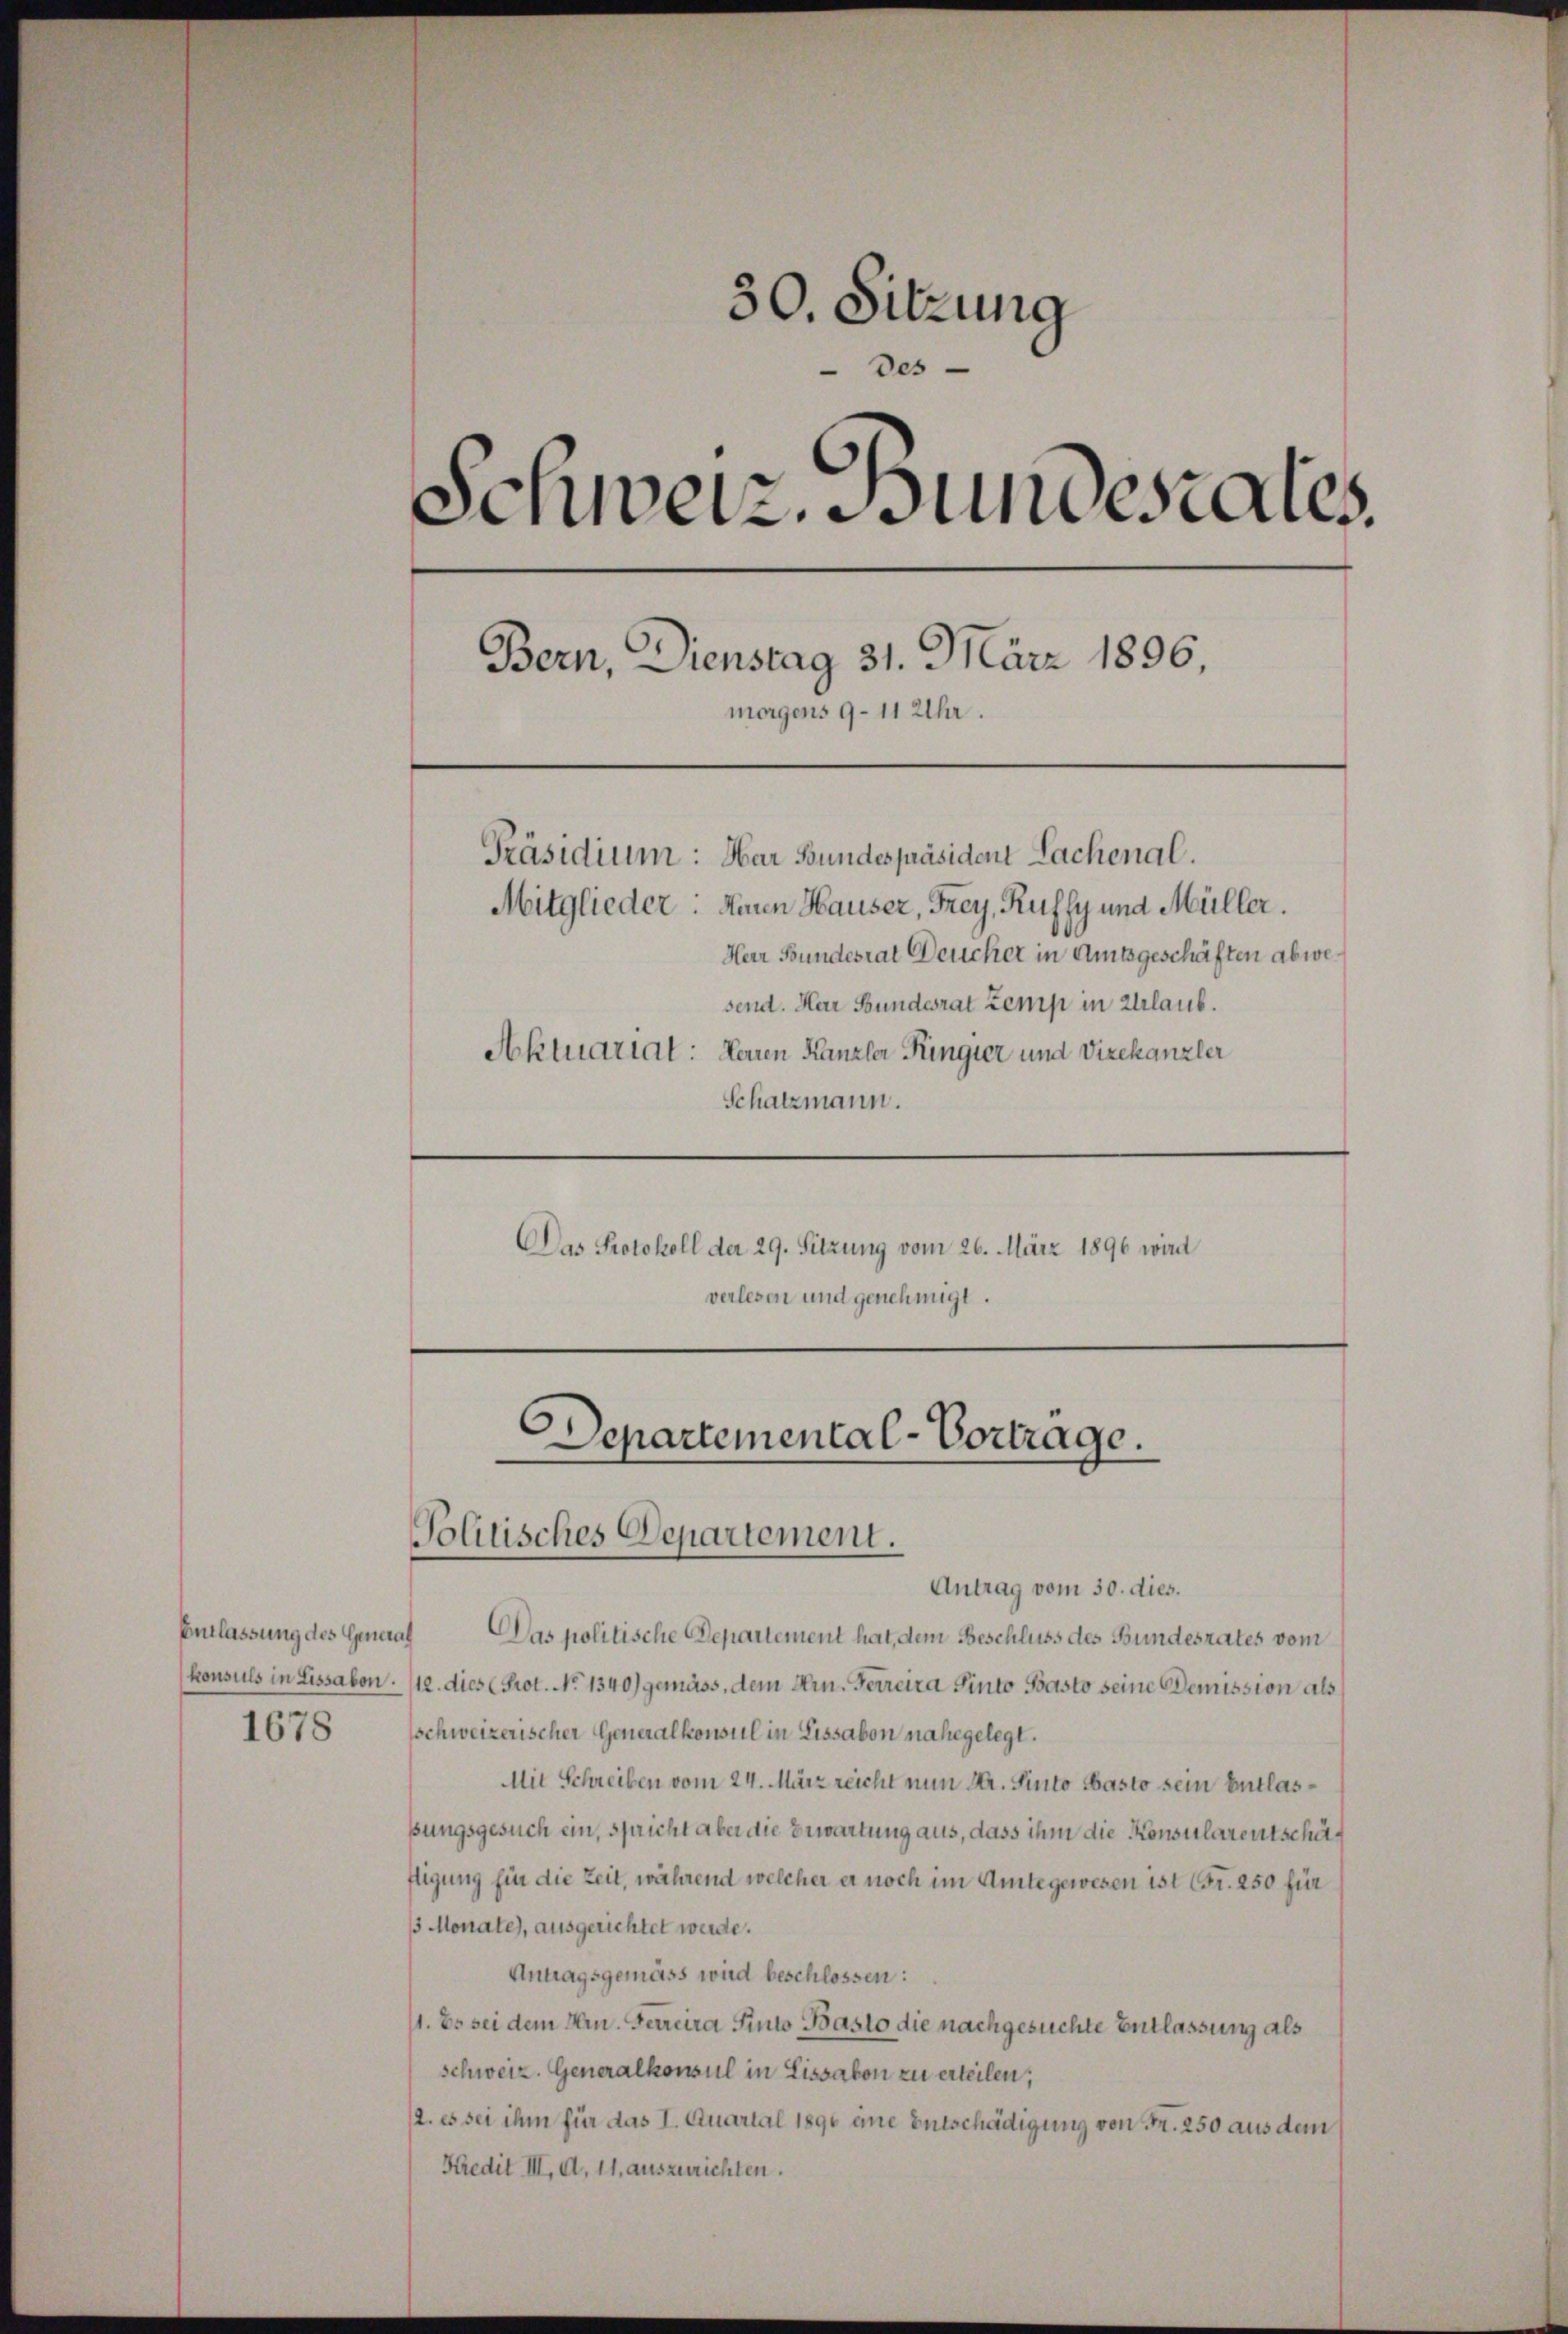
Entlassung des General
1678

30. Sitzung
des
Schweiz. Bundestales.
Bern, Dienstag 31. März 1896,
morgens 9-11 Uhr.
Präsidium: Har Bundespräsident Lachenal.
Mitglieder: Heren Hauser, Frey, Kuffy und Müller.
Herr Bundesrat Deucher in Amtsgeschäften abwesend. Har Bundesrat Zemp in Urlaub.
Aktuariat: Herren Kanzler Ringier und Vizekanzler
Schatzmann.

Das Protokoll der 29. Sitzung vom 26. März 1896 wird
verlesen und genehmigt.

Departemental-Vortrage.
Politisches Departement.

Antrag vom 30. dies.
Das politische Departement hat, dem Beschluss des Bundesrates vom
konsuls in Lissabon. /12. dies (Prot. No 1340) gemäss, dem Hrn. Ferreira Pinto Pasto seine Demission als
sschweizerischer Generalkonsul in Lissabon nahegelegt.
Mit Schreiben vom 24. März reicht nun Hr. Sinto Pasto sein Entlassungsgesuch ein, spricht aber die Bewartung aus, dass ihm die Konsularentschäftigung für die Zeit, während welcher er noch im Amte gewesen ist Fr. 250 für
3 Monate), ausgerichtet werde.
Antragsgemäss wird beschlossen:
11. Es sei dem Hrn. Ferreira Pinto Basto die nachgesuchte Entlassung als
schweiz. Generalkonsul in Lissabon zu erteilen;
12. es sei ihm für das I. Quartal 1890 eine Entschädigung von Fr. 250 aus dem
Kredit III. d. 11, auszurichten.